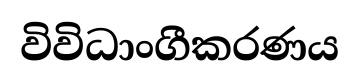
විවිධාංගීකරණය